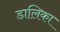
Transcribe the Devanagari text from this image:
डालिका